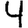
Digit: 4